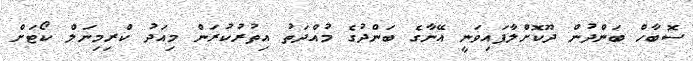
ސޮބާހް ބަންދުން ދޫކޮށްލާފައިވަނީ އޭނާގެ ބަންދުގެ މުއްދަތު އިތުރުކުރަން މިއަދު ކްރިމިނަލް ކޯޓަށް